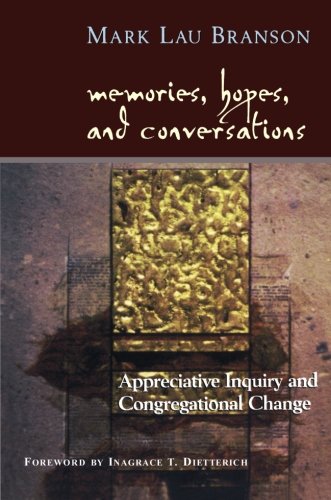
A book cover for Memories, Hopes, and Conversations: Appreciative Inquiry and Congregational Change; Mark Lau Branson; Christian Books & Bibles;